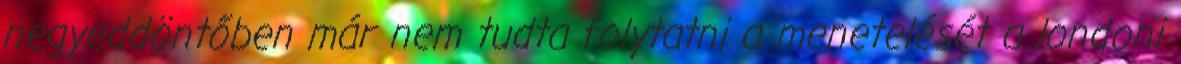
negyeddöntőben már nem tudta folytatni a menetelését a londoni